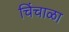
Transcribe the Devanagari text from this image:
चिंचाळा